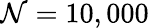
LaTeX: \mathcal{N}=10,000